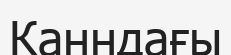
Канндағы